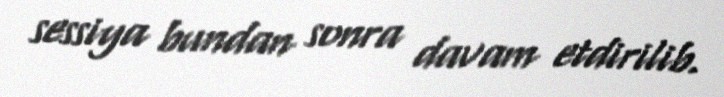
sessiya bundan sonra davam etdirilib.